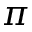
\pi